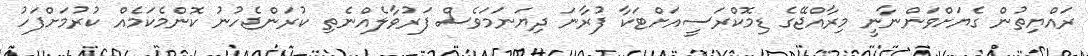
ރައްޔިތުން ގެޔަށްވަންނާނީ މިރާއްޖޭގެ ޑިމޮކްރަސީއަށްޓަކާ ފުރާނަ ދިޔަނަމަވެސް ފަރުވާލެއްނެތި ކުރަންޖެހުނު ކޮންމެކަމެއް ކުރުމަށްފަހު